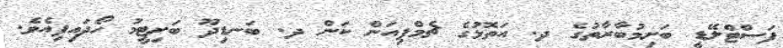
ފަސްޓްލޭޑީ ބަށިމުބާރާތުގެ ދ. އަތޮޅުގެ ޗެމްޕިއަން ކަން ދ. ބަނޑިދޫ ބަށިޓީމު ހޯދައިފިއެވެ.